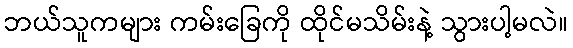
ဘယ်သူကများ ကမ်းခြေကို ထိုင်မသိမ်းနဲ့ သွားပါ့မလဲ။